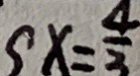
x = \frac { 4 } { 3 }